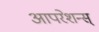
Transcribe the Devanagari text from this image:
आपरेशन्स्